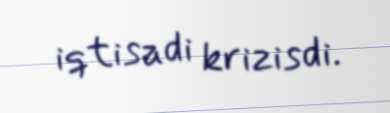
iqtisadi krizisdi.